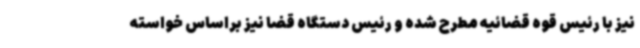
نیز با رئیس قوه قضائیه مطرح شده و رئیس دستگاه قضا نیز براساس خواسته